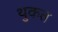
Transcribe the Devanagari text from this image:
थुकत